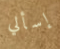
إسألي